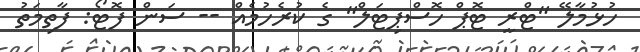
ހުޅުމާލޭ "ޓްރީ ޓޮޕް ހޮސްޕިޓަލް" ގެ ކުރެހުމެއް -- ސަން ފޮޓޯ: ފާތިމަތު